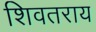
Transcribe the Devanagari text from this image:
शिवतराय